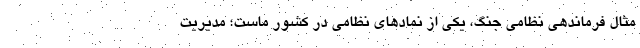
مثال فرماندهی نظامی جنگ، یکی از نمادهای نظامی در کشور ماست؛ مدیریت